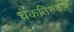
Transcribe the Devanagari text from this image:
चेंकतिरुकल्